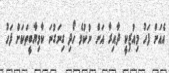
އެއަށް ފަހު މިއުޒިކީ ދާއިރާ އަށް ނުކުމެ ހޯދި ގިނަގުނަ ކާމިޔާބީތަކަށް ފަހު